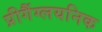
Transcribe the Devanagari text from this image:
प्रीगैंग्लयनिक